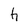
Character: h